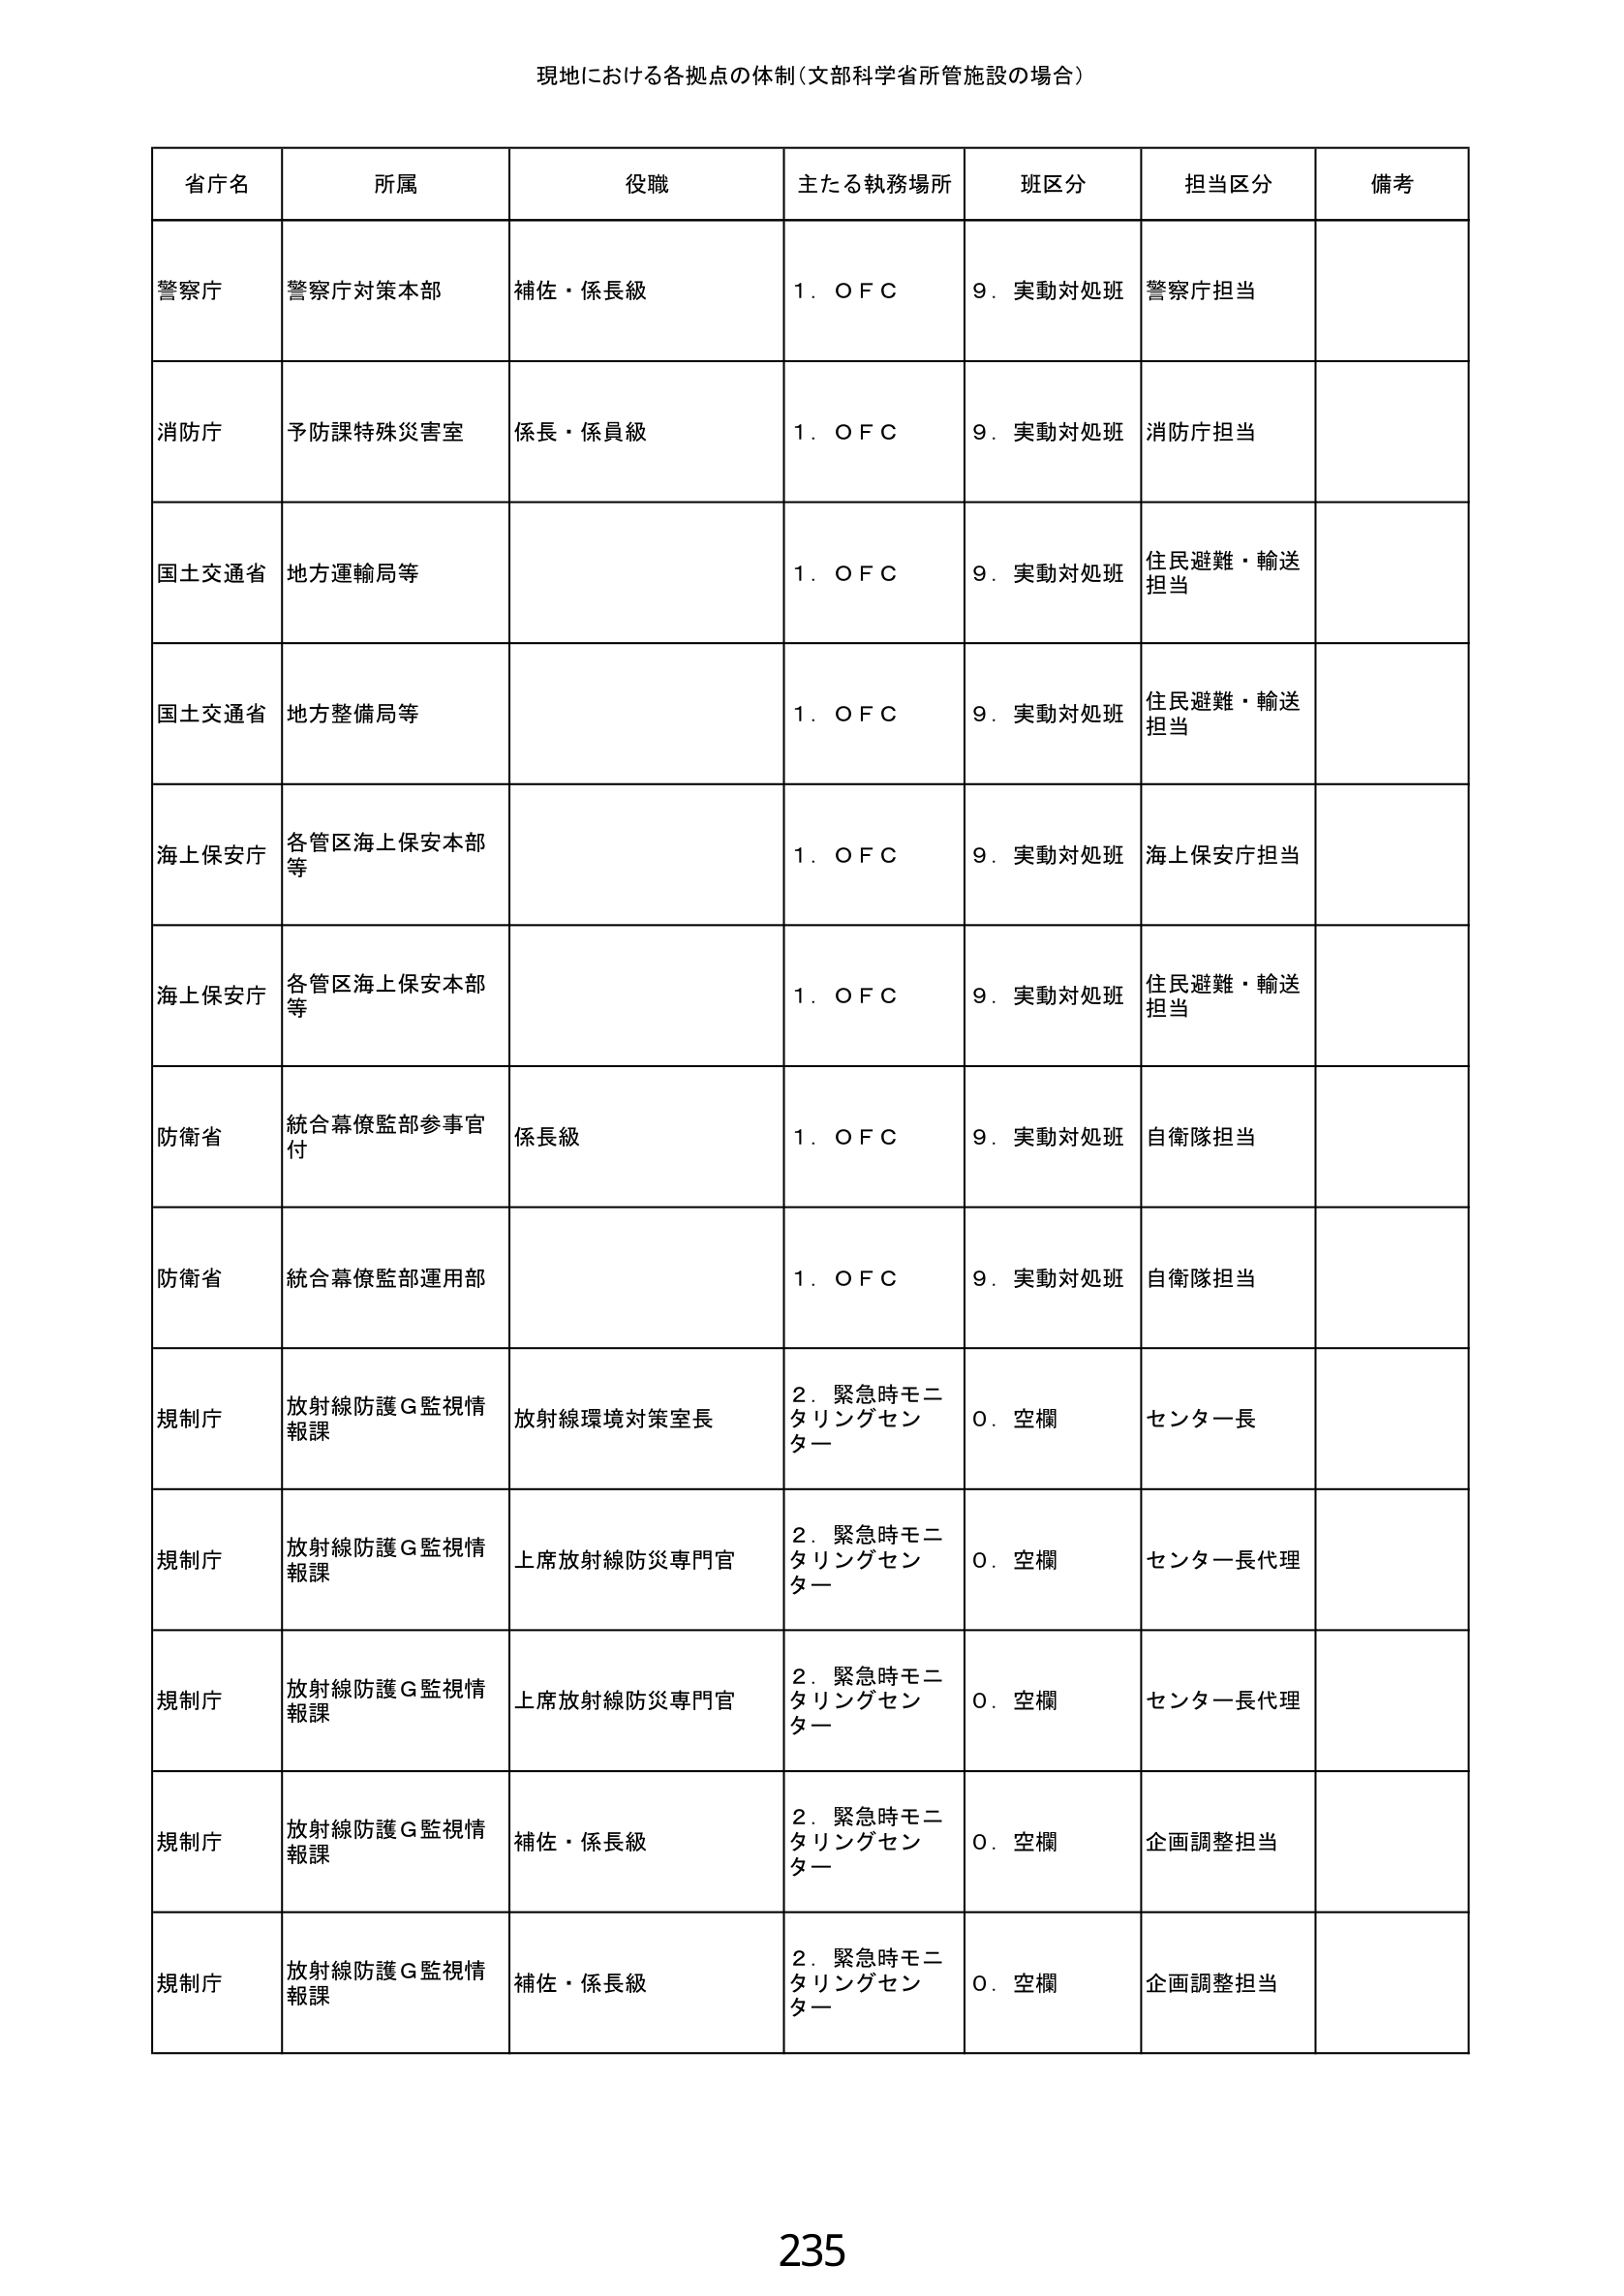
現地における各拠点の体制（文部科学省所管施設の場合）

省庁名	所属	役職	主たる執務場所	班区分	担当区分	備考
警察庁	警察庁対策本部	補佐・係長級	１．ＯＦＣ	９．実動対処班	警察庁担当
消防庁	予防課特殊災害室	係長・係員級	１．ＯＦＣ	９．実動対処班	消防庁担当
国土交通省	地方運輸局等		１．ＯＦＣ	９．実動対処班	住民避難・輸送担当
国土交通省	地方整備局等		１．ＯＦＣ	９．実動対処班	住民避難・輸送担当
海上保安庁	各管区海上保安本部等		１．ＯＦＣ	９．実動対処班	海上保安庁担当
海上保安庁	各管区海上保安本部等		１．ＯＦＣ	９．実動対処班	住民避難・輸送担当
防衛省	統合幕僚監部参事官付	係長級	１．ＯＦＣ	９．実動対処班	自衛隊担当
防衛省	統合幕僚監部運用部		１．ＯＦＣ	９．実動対処班	自衛隊担当
規制庁	放射線防護Ｇ監視情報課	放射線環境対策室長	２．緊急時モニタリングセンター	０．空欄	センター長
規制庁	放射線防護Ｇ監視情報課	上席放射線防災専門官	２．緊急時モニタリングセンター	０．空欄	センター長代理
規制庁	放射線防護Ｇ監視情報課	上席放射線防災専門官	２．緊急時モニタリングセンター	０．空欄	センター長代理
規制庁	放射線防護Ｇ監視情報課	補佐・係長級	２．緊急時モニタリングセンター	０．空欄	企画調整担当
規制庁	放射線防護Ｇ監視情報課	補佐・係長級	２．緊急時モニタリングセンター	０．空欄	企画調整担当

235